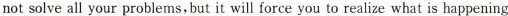
not solve all your problems, but it will force you to realize what is happening